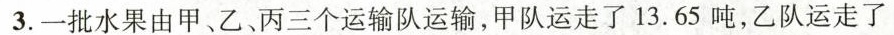
3.一批水果由甲、乙、丙三个运输队运输，甲队运走了13.65吨，乙队运走了